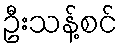
ဦးသန့်စင်